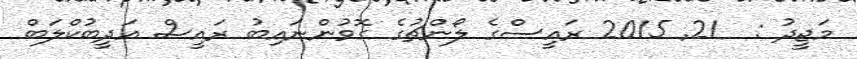
މަޖީދު :  21